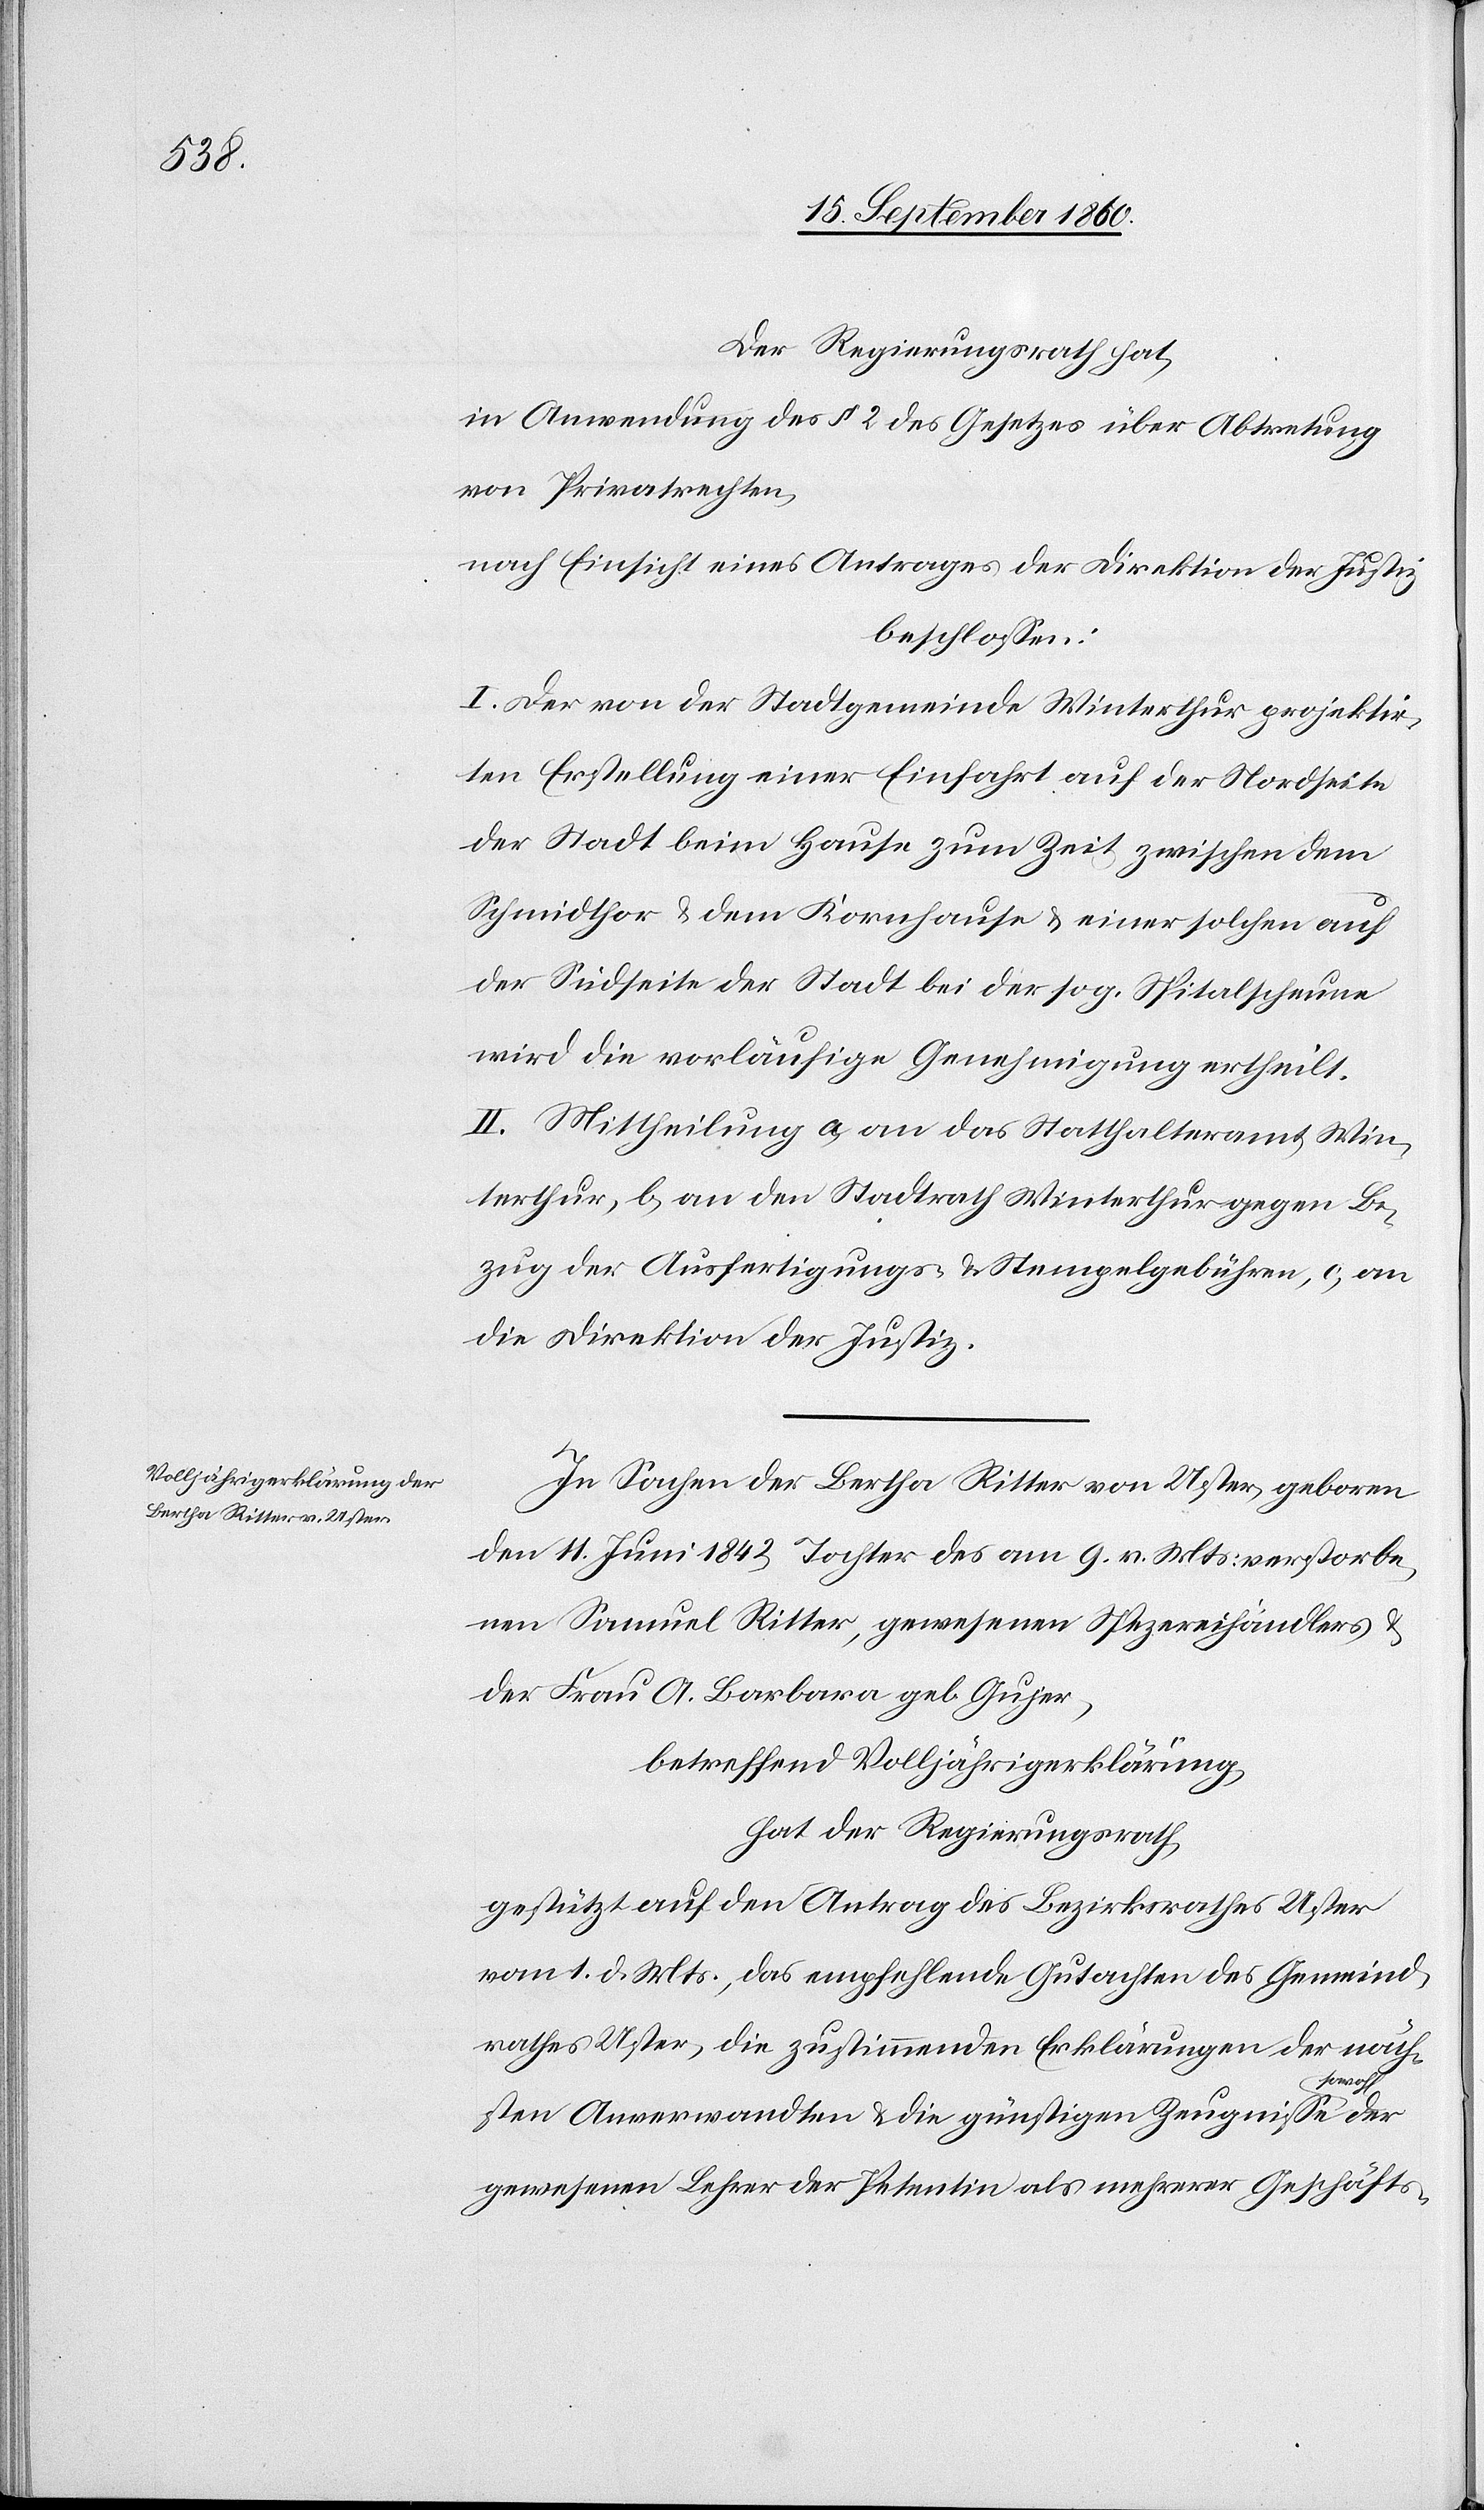
Der Regierungsrath hat,
in Anwendung des §. 2 des Gesetzes über Abtretung
von Privatrechten,
nach Einsicht eines Antrages der Direktion der Justiz,
beschlossen:
I. Der von der Stadtgemeinde Winterthur projektir¬
ten Erstellung einer Einfahrt auf der Nordseite
der Stadt beim Hause zum Zeit zwischen dem
Schmidthor u. dem Kornhause u. einer solchen auf
der Südseite der Stadt bei der s. g. Spitalscheune
wird die vorläufige Genehmigung ertheilt.
II. Mittheilung a) an das Statthalteramt Win¬
terthur, b) an den Stadtrath Winterthur gegen Be¬
zug der Ausfertigungs- u. Stempelgebühren, c) an
die Direktion der Justiz.
In Sachen der Bertha Ritter von Uster, geboren
den 11. Juni 1842, Tochter des am 9. v. Mts, verstorbe¬
nen Samuel Ritter, gewesenen Spezereihändlers und
der Frau A. Barbara geb. Gujer.
betreffend Volljährigkeitserklärung
hat der Regierungsrath,
gestützt auf den Antrag des Bezirksrathes Uster
vom 1. d. Mts., das empfehlende Gutachten des Gemeind¬
rathes Uster, die zustimmenden Erklärungen der näch¬
sten Anverwandten u. die günstigen Zeugnisse sowol der
gewesenen Lehrer der Petentin als mehrerer Geschäfts-